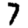
Digit: 7